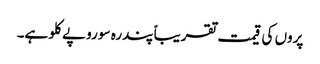
پروں کی قیمت تقریباً پندرہ سو روپے کلو ہے۔